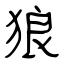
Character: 狼